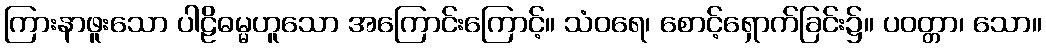
ကြားနာဖူးသော ပါဠိဓမ္မဟူသော အကြောင်းကြောင့်။ သံဝရေ၊ စောင့်ရှောက်ခြင်း၌။ ပဝတ္တာ၊ သော။